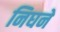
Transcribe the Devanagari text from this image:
निघने